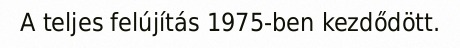
A teljes felújítás 1975-ben kezdődött.